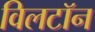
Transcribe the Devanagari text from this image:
विलटॉन